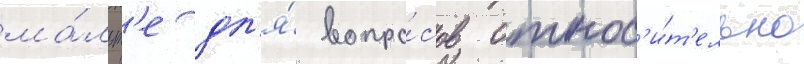
ма́льт'е дл'я́ вопро́сов относ'и́т'ельно